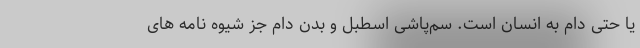
یا حتی دام به انسان است. سم‌پاشی اسطبل و بدن دام‌ جز شیوه نامه های